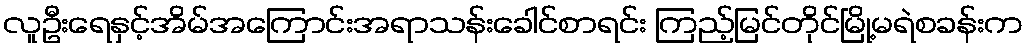
လူဦးရေနှင့်အိမ်အကြောင်းအရာသန်းခေါင်စာရင်း ကြည့်မြင်တိုင်မြို့မရဲစခန်းက